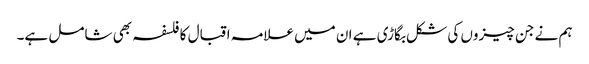
ہم نے جن چیزوں کی شکل بگاڑی ہے ان میں علامہ اقبال کا فلسفہ بھی شامل ہے۔